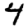
Digit: 4